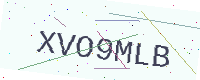
Text: XVO9MLB